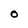
Character: O